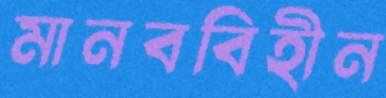
মানববিহীন